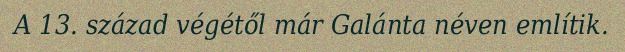
A 13. század végétől már Galánta néven említik.